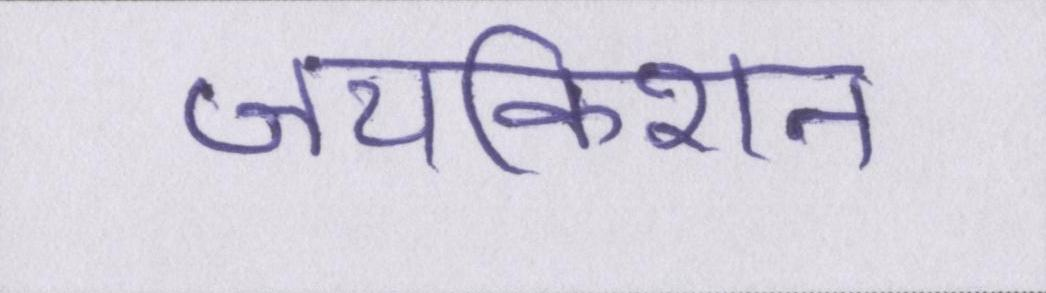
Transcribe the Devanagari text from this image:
जयकिशन